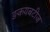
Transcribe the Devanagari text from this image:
ङकयबटीज